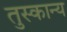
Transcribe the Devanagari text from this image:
तुस्कान्य